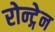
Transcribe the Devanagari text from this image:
रोन्ट्गेेन